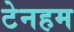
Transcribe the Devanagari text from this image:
टेनहम